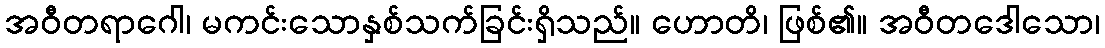
အဝီတရာဂေါ၊ မကင်းသောနှစ်သက်ခြင်းရှိသည်။ ဟောတိ၊ ဖြစ်၏။ အဝီတဒေါသော၊